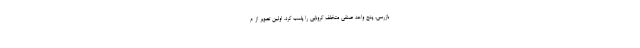
بازرسی، پنج واحد صنفی متخلف کرونایی را پلمب کرد. اولین تصویر از م